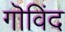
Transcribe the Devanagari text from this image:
गॊविंद